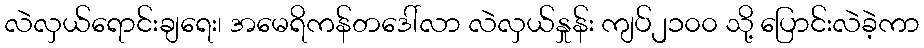
လဲလှယ်ရောင်းချရေး၊ အမေရိကန်တဒေါ်လာ လဲလှယ်နှုန်း ကျပ်၂၁၀၀ သို့ ပြောင်းလဲခဲ့ကာ